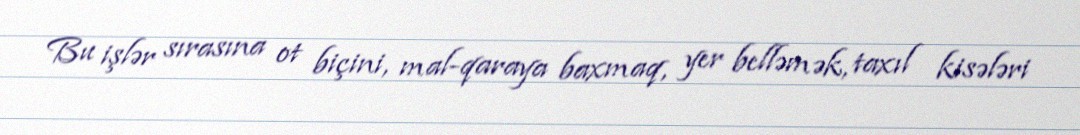
Bu işlər sırasına ot biçini, mal-qaraya baxmaq, yer belləmək, taxıl kisələri